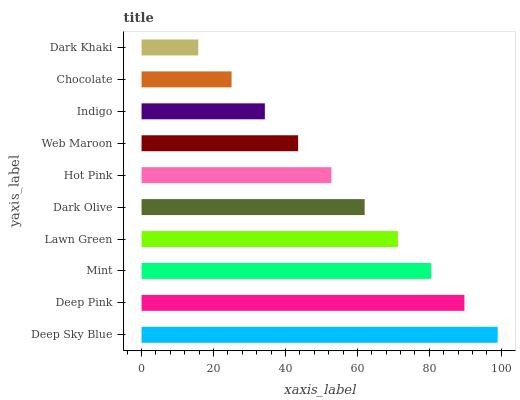
| yaxis_label | bars |
 | --- | --- |
 | Deep Sky Blue | 99 |
 | Deep Pink | 89.8 |
 | Mint | 80.5 |
 | Lawn Green | 71.3 |
 | Dark Olive | 62 |
 | Hot Pink | 52.8 |
 | Web Maroon | 43.5 |
 | Indigo | 34.3 |
 | Chocolate | 25 |
 | Dark Khaki | 15.8 |